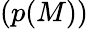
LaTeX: (p(M))